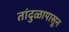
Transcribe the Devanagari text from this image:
तांदुळापासून